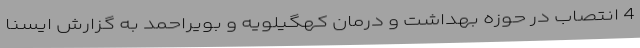
4 انتصاب در حوزه بهداشت و درمان کهگیلویه و بویراحمد به گزارش ایسنا